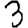
Digit: 3